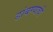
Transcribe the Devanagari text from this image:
डांबण्याची